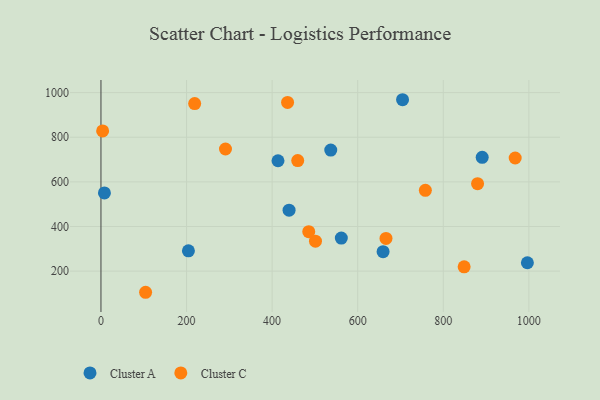
{"axis": {"x": "Speed", "y": "Demand"}, "legend": ["Cluster A", "Cluster C"], "data": [{"x": "439.6", "y": 473.0, "type": "Cluster A"}, {"x": "204.4", "y": 291.2, "type": "Cluster A"}, {"x": "561.7", "y": 348.2, "type": "Cluster A"}, {"x": "659.3", "y": 287.4, "type": "Cluster A"}, {"x": "890.9", "y": 710.2, "type": "Cluster A"}, {"x": "996.5", "y": 237.6, "type": "Cluster A"}, {"x": "8.1", "y": 550.6, "type": "Cluster A"}, {"x": "704.8", "y": 968.1, "type": "Cluster A"}, {"x": "413.7", "y": 694.6, "type": "Cluster A"}, {"x": "537.0", "y": 742.3, "type": "Cluster A"}, {"x": "848.7", "y": 219.3, "type": "Cluster C"}, {"x": "436.1", "y": 956.2, "type": "Cluster C"}, {"x": "968.0", "y": 706.9, "type": "Cluster C"}, {"x": "459.8", "y": 695.6, "type": "Cluster C"}, {"x": "104.3", "y": 105.3, "type": "Cluster C"}, {"x": "501.3", "y": 334.3, "type": "Cluster C"}, {"x": "485.6", "y": 377.0, "type": "Cluster C"}, {"x": "880.1", "y": 592.0, "type": "Cluster C"}, {"x": "3.9", "y": 828.5, "type": "Cluster C"}, {"x": "666.1", "y": 346.8, "type": "Cluster C"}, {"x": "758.1", "y": 562.0, "type": "Cluster C"}, {"x": "219.0", "y": 950.7, "type": "Cluster C"}, {"x": "291.0", "y": 747.4, "type": "Cluster C"}]}